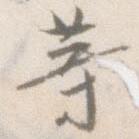
等